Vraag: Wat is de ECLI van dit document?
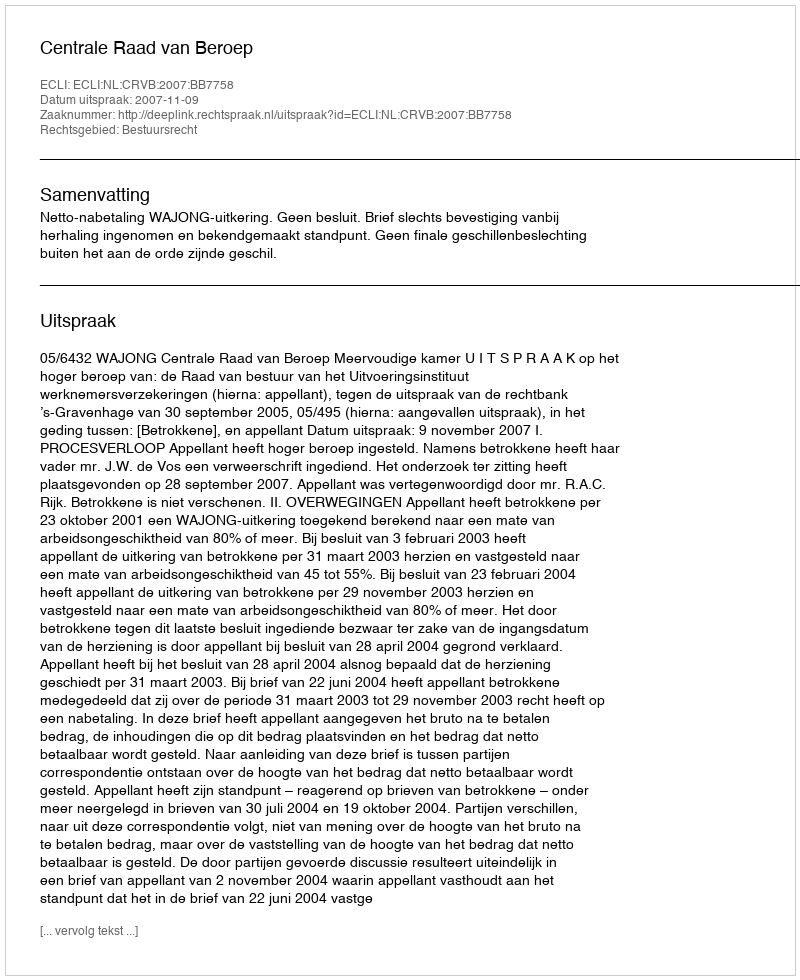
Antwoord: ECLI:NL:CRVB:2007:BB7758